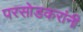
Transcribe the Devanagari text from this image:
परसोडकरांनी